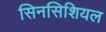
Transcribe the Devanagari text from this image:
सिनसिशियल